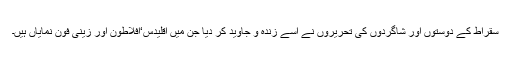
سقراط کے دوستوں اور شاگردوں کی تحریروں نے اسے زندہ و جاوید کر دیا جن میں اقلیدس‘افلاطون اور زینی فون نمایاں ہیں۔